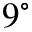
9 ^ { \circ }